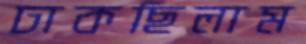
ঢাকছিলাম